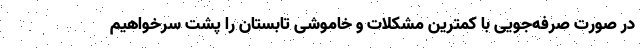
در صورت صرفه‌جویی با کمترین مشکلات و خاموشی تابستان را پشت سرخواهیم